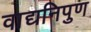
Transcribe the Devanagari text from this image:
वाद्यनिपुण